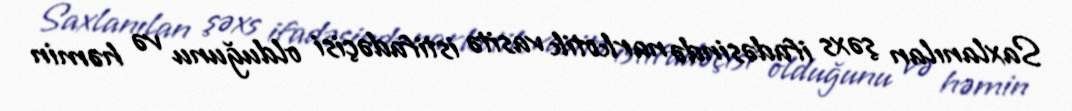
Saxlanılan şəxs ifadəsində narkotik vasitə istifadəçisi olduğunu və həmin